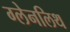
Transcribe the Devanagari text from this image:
ग्लेनलिथ